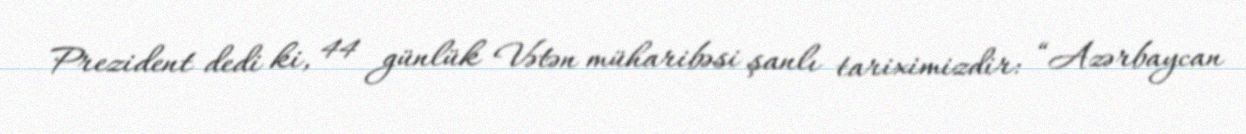
Prezident dedi ki, 44 günlük Vətən müharibəsi şanlı tariximizdir: “Azərbaycan